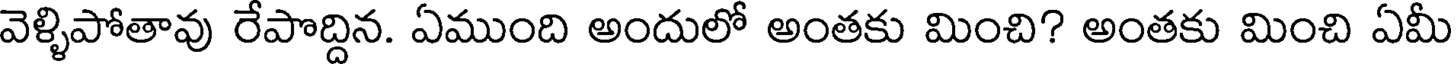
వెళ్ళిపోతావు రేపొద్దిన. ఏముంది అందులో అంతకు మించి? అంతకు మించి ఏమీ